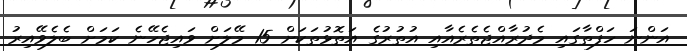
އަންނަ ހަފްތާގައި މެދުރާއްޖެތެރެއާއި އުތުރުގެ އަތޮޅުތަކަށް 15 މޭލަށް ވައިޖެހޭނެ ކަމަށް ބެލެވޭއިރު